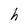
Character: h